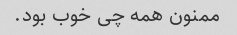
ممنون همه چی خوب بود.